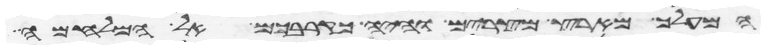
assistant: המעלך מארץ מצרים והיה כקרבכם אל המלחמה